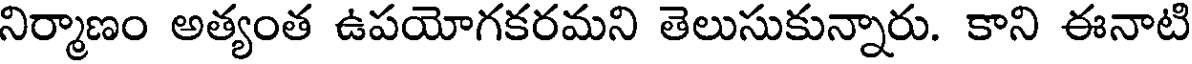
నిర్మాణం అత్యంత ఉపయోగకరమని తెలుసుకున్నారు. కాని ఈనాటి